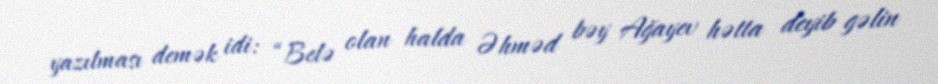
yazılması demək idi: “Belə olan halda Əhməd bəy Ağayev hətta deyib gəlin